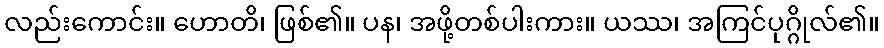
လည်းကောင်း။ ဟောတိ၊ ဖြစ်၏။ ပန၊ အဖို့တစ်ပါးကား။ ယဿ၊ အကြင်ပုဂ္ဂိုလ်၏။